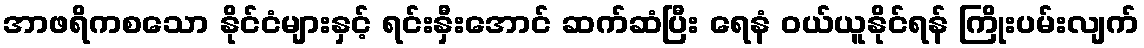
အာဖရိကစသော နိုင်ငံများနှင့် ရင်းနှီးအောင် ဆက်ဆံပြီး ရေနံ ဝယ်ယူနိုင်ရန် ကြိုးပမ်းလျက်